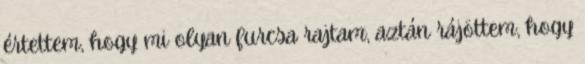
értettem, hogy mi olyan furcsa rajtam, aztán rájöttem, hogy